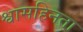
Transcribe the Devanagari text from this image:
श्वासहिनता